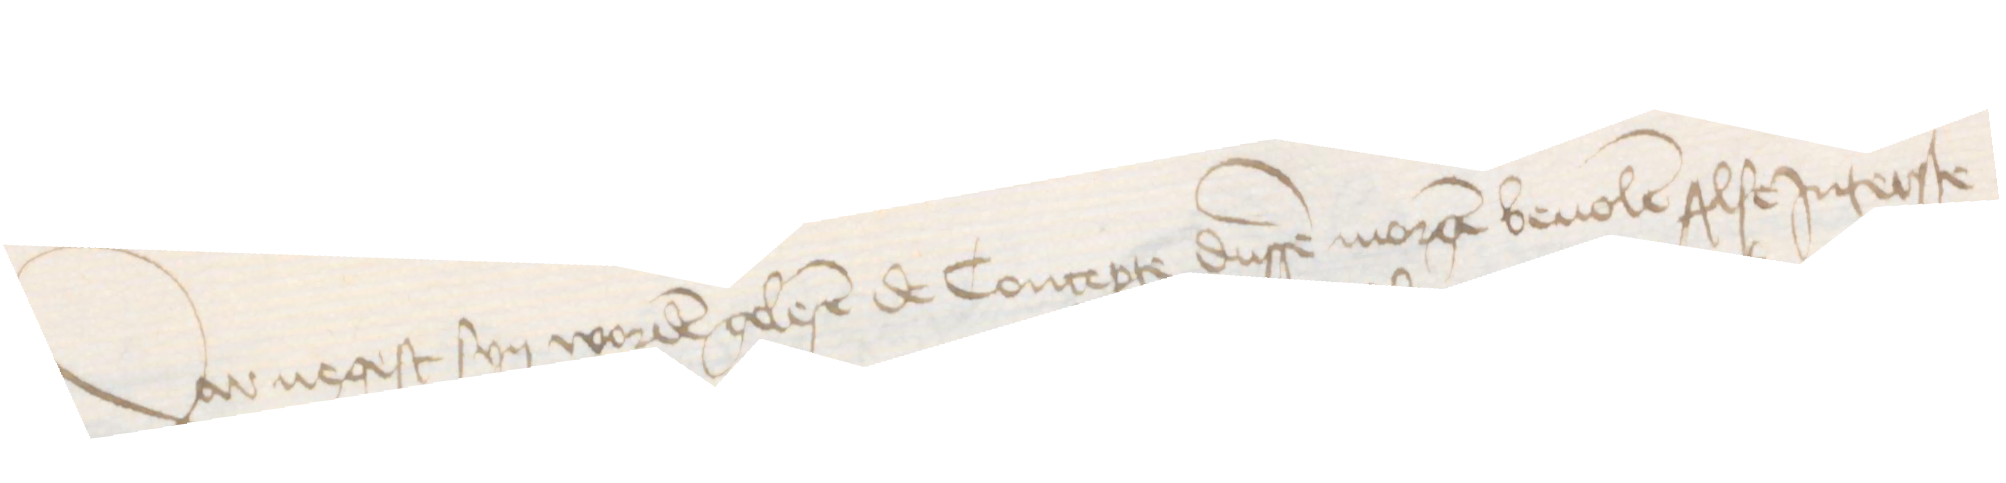
Dar negest syn worden gelesen de Concepte dussen morgen beuolen Alse Jnterste